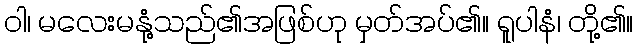
ဝါ၊ မလေးမနုံ့သည်၏အဖြစ်ဟု မှတ်အပ်၏။ ရူပါနံ၊ တို့၏။